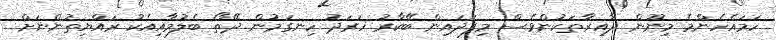
ހަމައެހެންމެ މިނޫން ދާއިރާތަކުންވެސް މިފަދައިން ބޭކާރު ހަރަދު ހިނގަމުން ދޭތޯ ބެލުމާއިއެކު ރައްޔިތުންނަށް